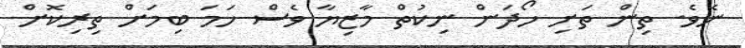
ނެވެ. ތިން ތަށި ހޯދަން ނިކުތް މާޒިޔާ ވެސް ހަމަ ބިމަށް ތިރިކޮށް